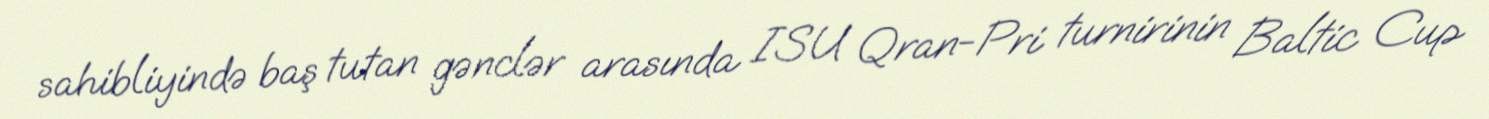
sahibliyində baş tutan gənclər arasında ISU Qran-Pri turnirinin Baltic Cup